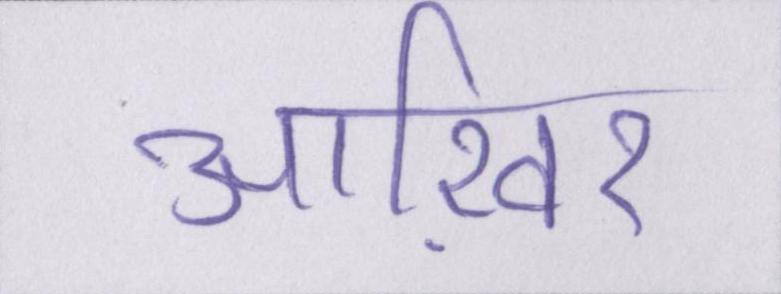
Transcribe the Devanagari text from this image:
आख़िर